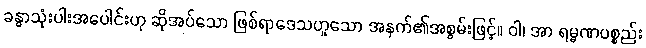
ခန္ဓာသုံးပါးအပေါင်းဟု ဆိုအပ်သော ဖြစ်ရာဒေသဟူသော အနက်၏အစွမ်းဖြင့်။ ဝါ၊ အာ ရမ္မဏပစ္စည်း